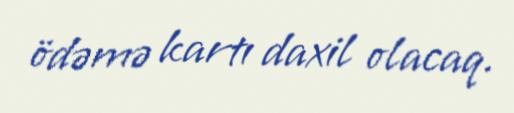
ödəmə kartı daxil olacaq.